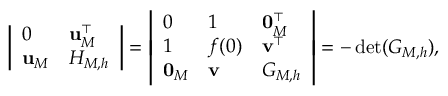
\left| \begin{array} { l l } { 0 } & { { \bf u } _ { M } ^ { \top } } \\ { { \bf u } _ { M } } & { H _ { M , h } } \end{array} \right| = \left| \begin{array} { l l l } { 0 } & { 1 } & { { \bf 0 } _ { M } ^ { \top } } \\ { 1 } & { f ( 0 ) } & { { \bf v } ^ { \top } } \\ { { \bf 0 } _ { M } } & { { \bf v } } & { G _ { M , h } } \end{array} \right| = - \operatorname* { d e t } ( G _ { M , h } ) ,